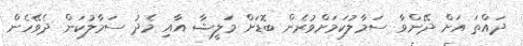
ދައްތަ އަށް ދޭންވާ ސަމާލުކަމަށްވުރެން ބޮޑަށް މަލީޝާ އާއި މެދު ސަމާލުކަން ދެވޭހެން